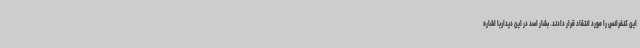
این کنفرانس را مورد انتقاد قرار دادند. بشار اسد در این دیداربا اشاره